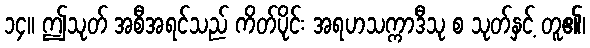
၁၄။ ဤသုတ် အစီအရင်သည် ကိတ်ပိုင်း အရဟသက္ကာဒီသု စ သုတ်နှင့် တူ၏၊